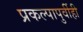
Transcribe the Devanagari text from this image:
प्रकल्पापुर्वीही